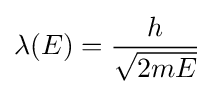
\lambda (E)={\frac {h}{\sqrt {2mE}}}